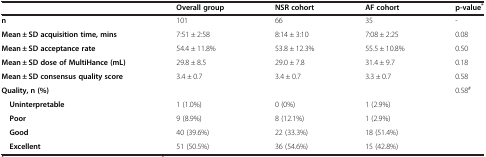
|  | Overall group | NSR cohort | AF cohort | p-value* |
 | --- | --- | --- | --- | --- |
 | n | 101 | 66 | 35 | - |
 | Mean ± SD acquisition time, mins | 7:51 ± 2:58 | 8:14 ± 3:10 | 7:08 ± 2:25 | 0.08 |
 | Mean ± SD acceptance rate | 54.4 ± 11.8% | 53.8 ± 12.3% | 55.5 ± 10.8% | 0.50 |
 | Mean ± SD dose of MultiHance (mL) | 29.8 ± 8.5 | 29.0 ± 7.8 | 31.4 ± 9.7 | 0.18 |
 | Mean ± SD consensus quality score | 3.4 ± 0.7 | 3.4 ± 0.7 | 3.3 ± 0.7 | 0.58 |
 | Quality, n (%) |  |  |  | <ROWSPAN=5> 0.58# |
 | Uninterpretable | 1 (1.0%) | 0 (0%) | 1 (2.9%) |
 | Poor | 9 (8.9%) | 8 (12.1%) | 1 (2.9%) |
 | Good | 40 (39.6%) | 22 (33.3%) | 18 (51.4%) |
 | Excellent | 51 (50.5%) | 36 (54.6%) | 15 (42.8%) |